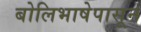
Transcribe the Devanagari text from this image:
बोलिभाषेपासून